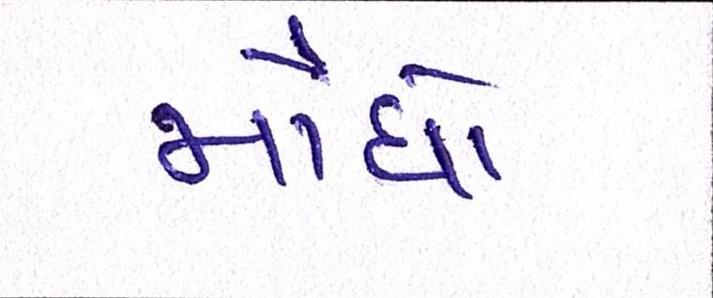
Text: મોંધો